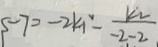
- 7 = - 2 k _ { 1 } ^ { 2 } - \frac { k _ { 2 } } { - 2 - 2 }